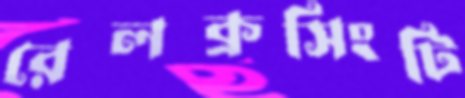
রেলক্রসিংটি